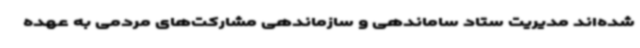
شده‌اند مدیریت ستاد ساماندهی و سازماندهی مشارکت‌های مردمی به عهده